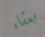
بعشاء